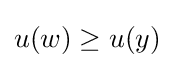
u(w)\geq u(y)